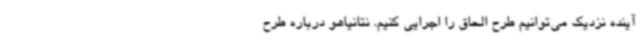
آینده نزدیک می‌توانیم طرح الحاق را اجرایی کنیم. نتانیاهو درباره طرح